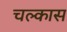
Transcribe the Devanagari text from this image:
चल्कास